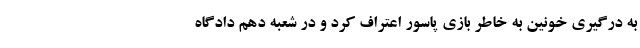
به درگیری خونین به خاطر بازی پاسور اعتراف کرد و در شعبه دهم دادگاه